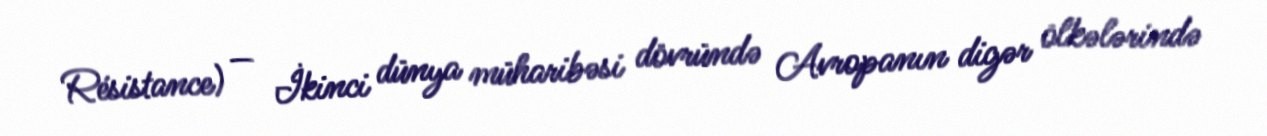
Résistance) — İkinci dünya müharibəsi dövründə Avropanın digər ölkələrində